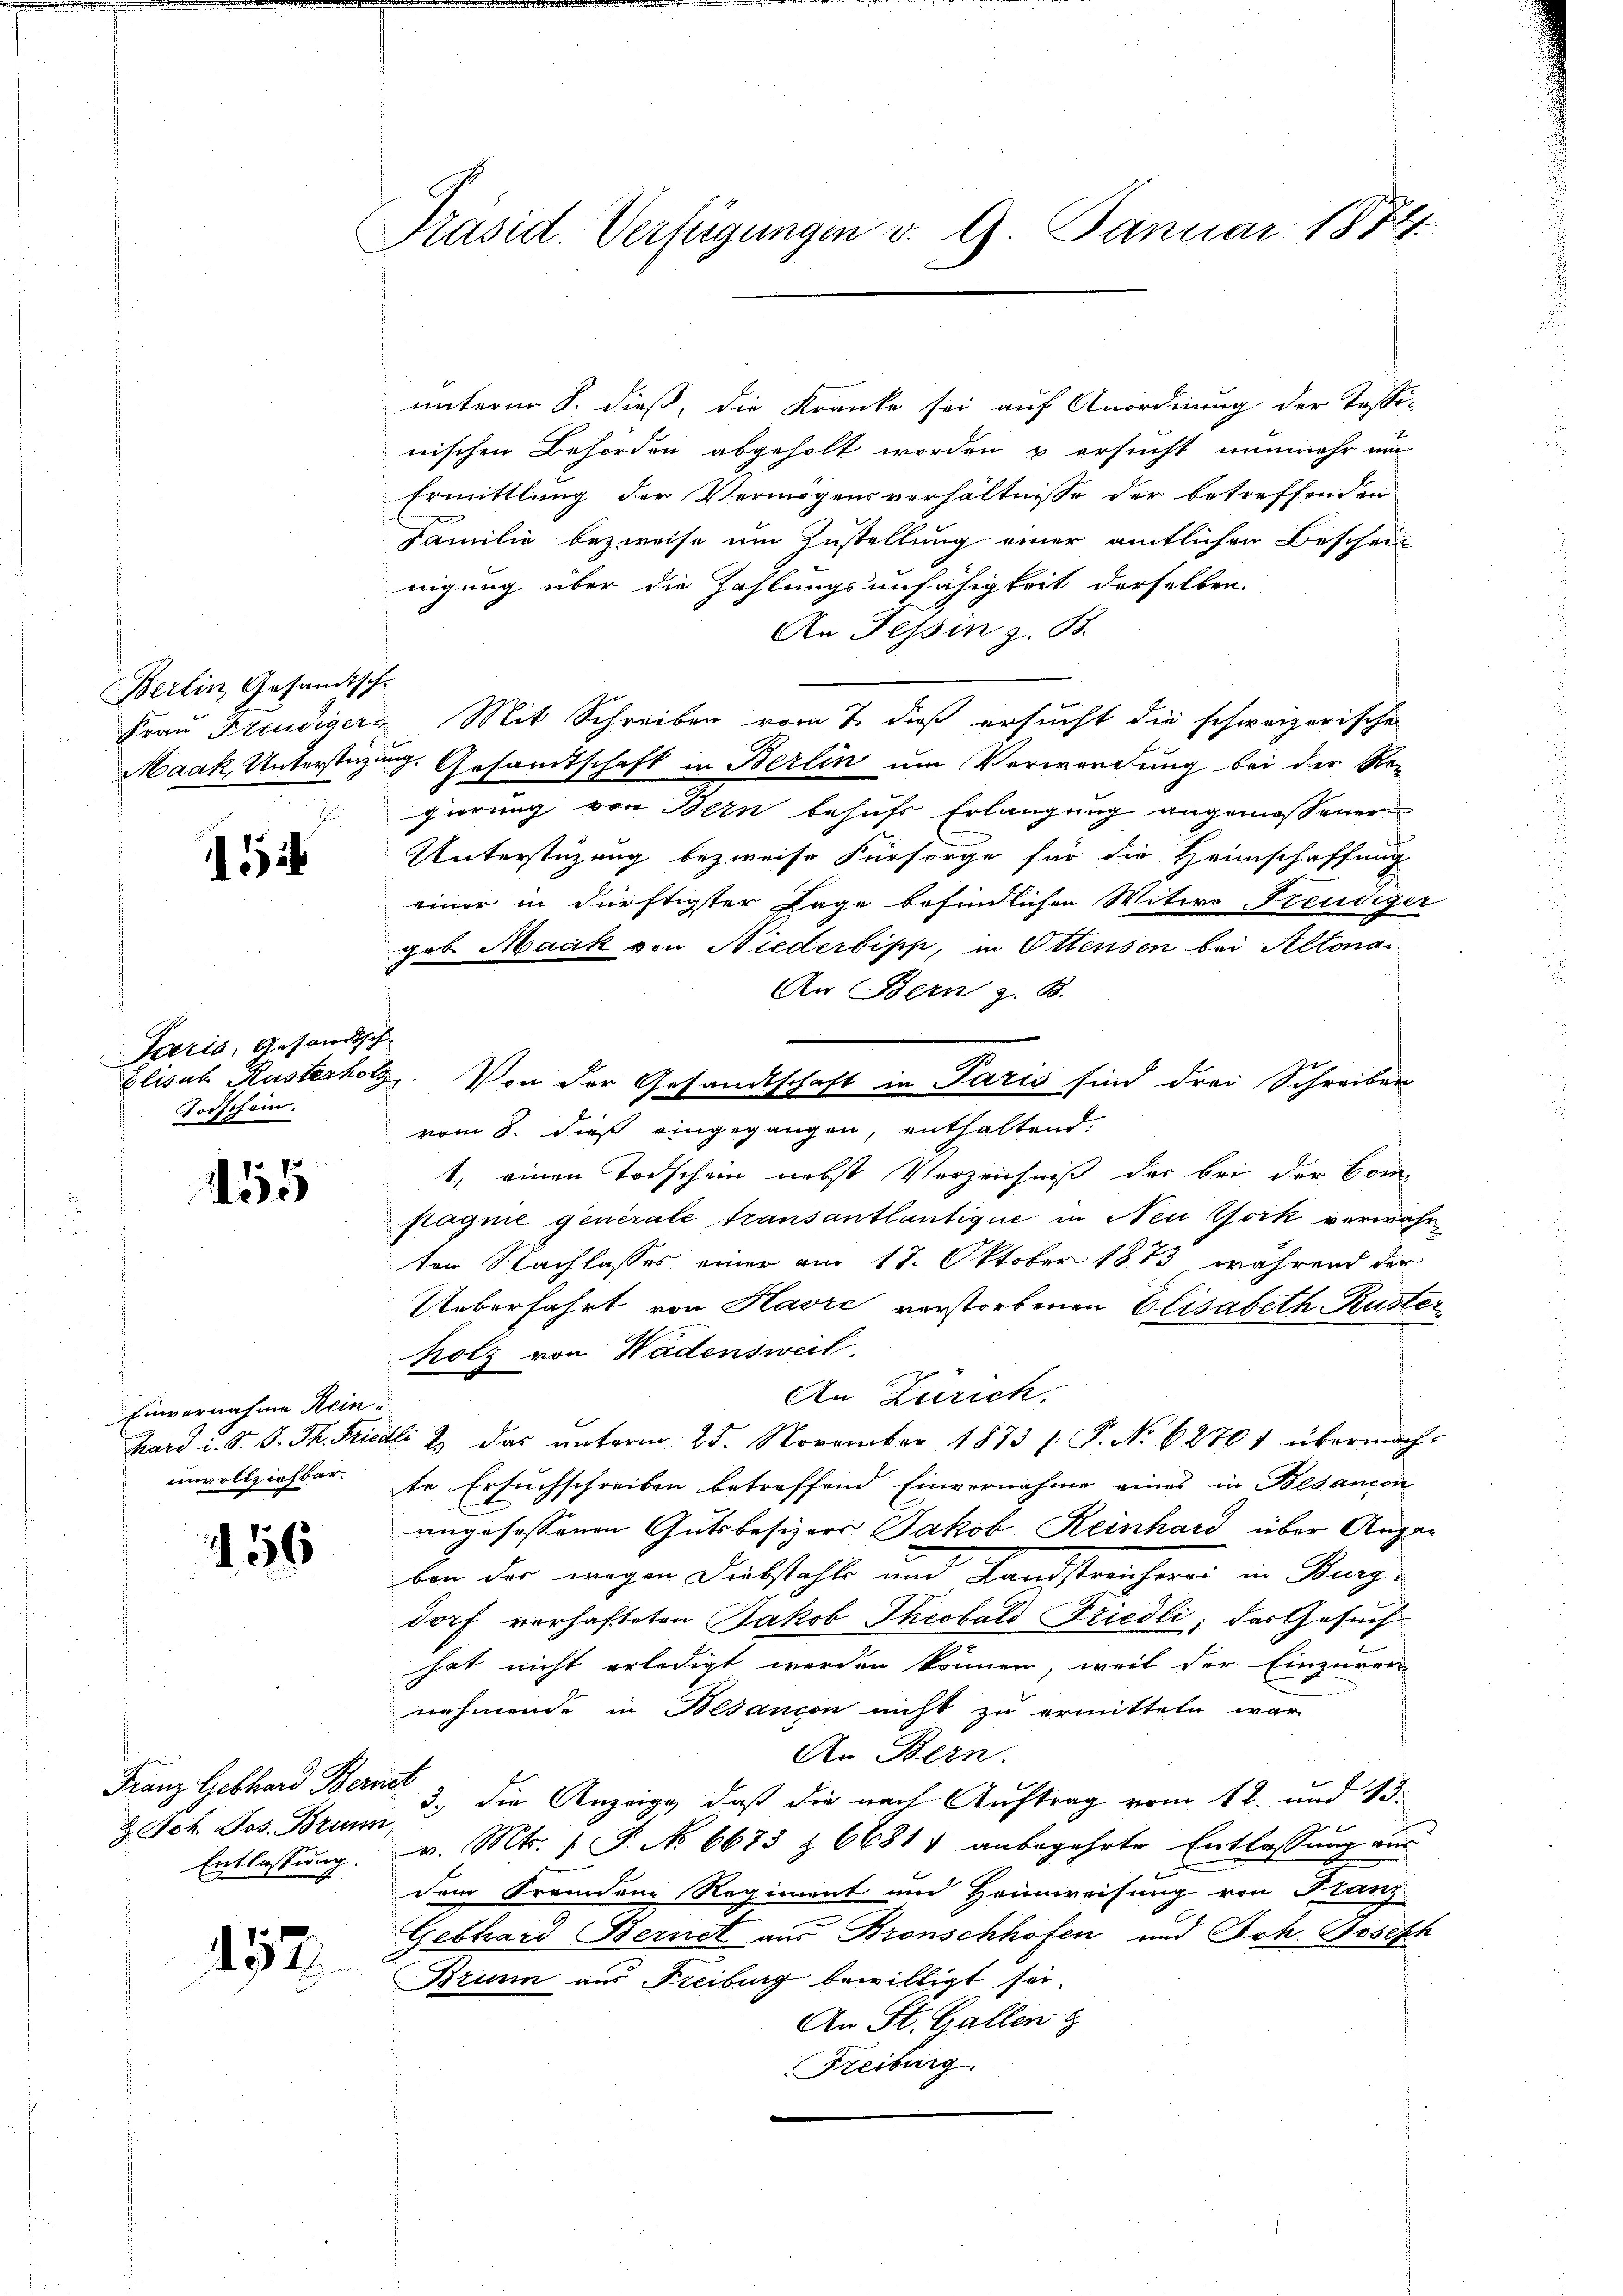
Berlin Gesandtsche

i

Paris, Gesandtsch
Todschein.

a
250

Einvernahme Rein
unvollziehbar.

56

unterm 8. dieß, die Kranke sei auf Anordnung der Tessi-
nischen Behörden abgeholt worden u ersucht nunmehr um
Ermittlung der Vermögensverhältnisse der betreffenden
Familie bezweise um Zustellung einer amtlichen Beschein
nigung über die Zahlungsunfähigkeit derselben.
An Tessin z. B.
Frau Freudiger Mit Schreiben vom 7. dieß ersucht die schweizerische
Maak, Unterstüzung. Gesandtschaft in Berlin um Verwendung bei der Re-
gierung von Bern behufs Erlangung angemessener
Unterstüzung bezweife Fürsorge für die Heimschaffung
einer in dürftigster Tage befindlichen Witwe Freudiger
gob Maak von Niederbipp, in Ottensen bei Altona
An Bern z. B.
Elisab Rusterholz. Von der Gesandtschaft in Paris sind drei Schreiben
E
vom 8. dieß eingegangen, enthaltend.
1, einen Todschein nebst Verzeichniß der bei der kom
pagnie generale Transantlantique in New York verwahr
ten Nachlasses einer am 18. Oktober 1873, während der
Ueberfahrt von Havre verstorbenen Elisabeth Rusterholz von Wadensweil.
An Zürich.
hard u. S. B. Th. Friedli & das ŭnterm 25. November 1873 /: P. No 62701 übermach-
te Ersuchschreiben betreffend Einvernahme eines in Besancon
angesessenen Gutsbesizers Jakob Reinhard über Angan
ben der wegen Diebstahls und Landstreuherei in Burg-
dorf vorhafteten Jakob Theobald Friedli: der Gesuch
hat nicht erledigt werden können, weil der Einzuver
nehmende in Besançon nicht zu ermitteln war
An Bern.
 Poh. Jos. Brunn 2. die Anzeige, daß die nach Auftrag vom 12. und 15.
Entlassung. v. Mts. 1 S. No 6673 & 6681) anbegehrte Entlassung aus
dem Fremden Regiment und Heimweisung von Stanz
Gebhard Bernet aus Bronschhofen und Joh. Joseph
Brunn aus Freiburg bewilligt sei.
An St. Gallen g
Freiburg

Franz Gebhard Berint

452.

Präsid. Verfügungen v. 9. Januar 1874.